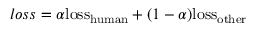
l o s s = \alpha { \mathrm { l o s s } } _ { \mathrm { h u m a n } } + ( 1 - \alpha ) { \mathrm { l o s s } } _ { \mathrm { o t h e r } }